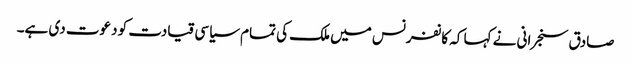
صادق سنجرانی نے کہا کہ کانفرنس میں ملک کی تمام سیاسی قیادت کو دعوت دی ہے۔